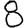
Digit: 8